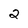
Character: 2